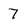
Character: 7